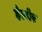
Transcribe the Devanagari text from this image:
हेल्मेर